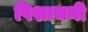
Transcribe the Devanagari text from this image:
पिशाचनी